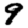
Digit: 9